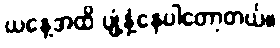
ယနေ့အထိ ပျံ့နှံ့နေပါတော့တယ်။